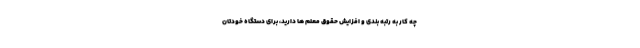
چه کار به رتبه بندی و افزایش حقوق معلم ها دارید، برای دستگاه خودتان